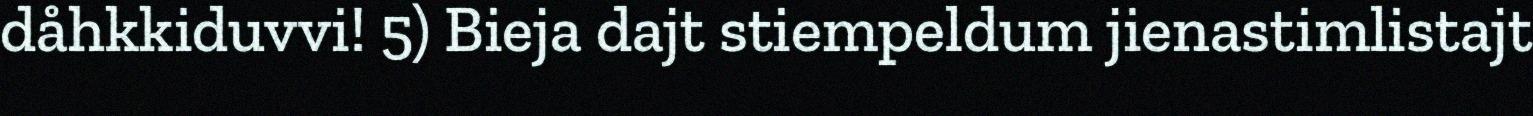
dåhkkiduvvi! 5) Bieja dajt stiempeldum jienastimlistajt